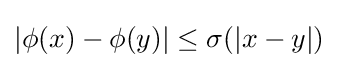
|\phi (x)-\phi (y)|\leq \sigma (|x-y|)